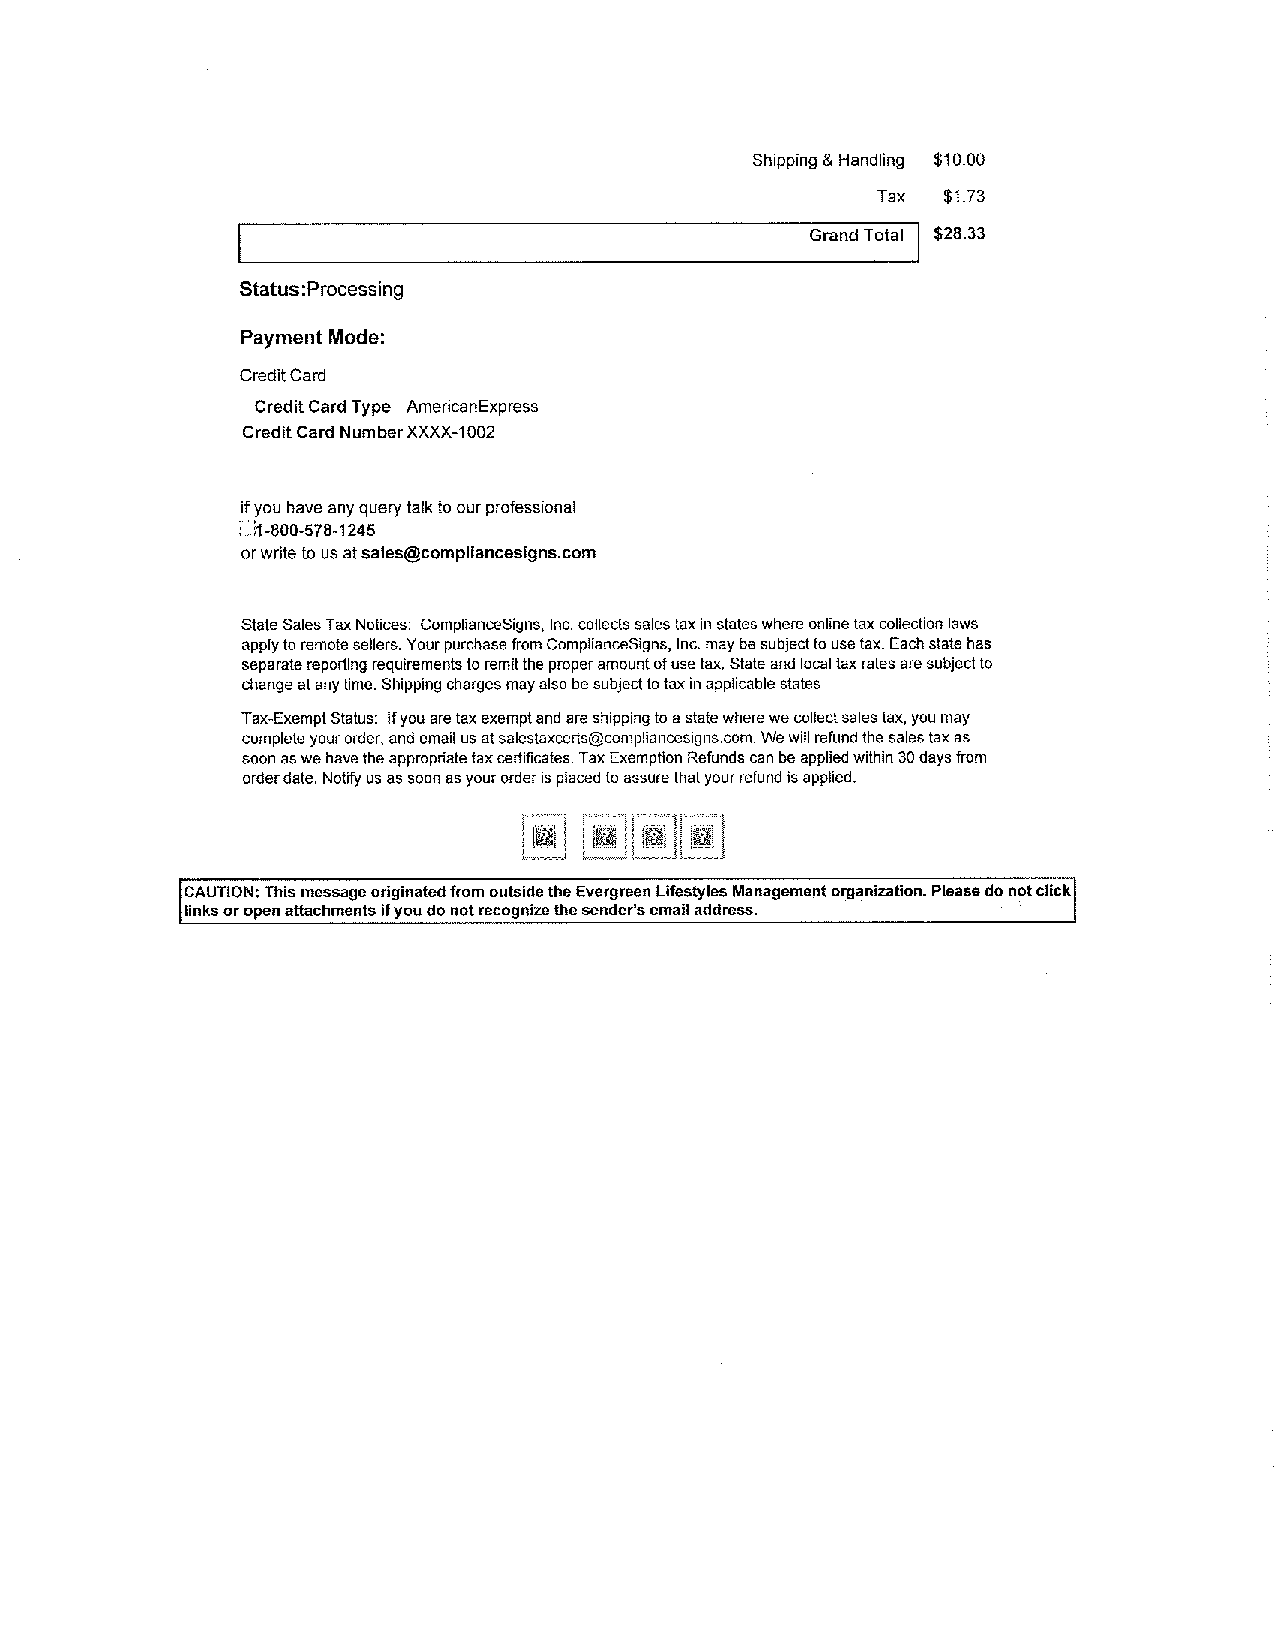
Shipping & Handling $10.00
 Tax  $1.73
 Grand Total $28.33
 Status:Processing
 Payment Mode:
 Credit Card
 Credit Card Type AmericanExpress
 Credit Card Number XXXX-1002
 if you have any query talk to our professional
 r\1-800-578-1245
 or write to us at sales@compliancesigns.com
 State Sales Tax Notices: ComplianceSigns, lnc. collects sales tax in states where online tax collection laws
 apply to remote sellers. Your purchase from ComplianceSigns, Inc. may be subject to use tax. Each state has
 separate reporting requirements to remit the proper amount of use tax. State and local tax rates are subject to
 change at any time. Shipping charges may also be subject to tax in applicable states.
 Tax-Exempt Status: If you are tax exempt and are shipping to a state where we collect sales tax, you may
 complete your order, and email us at salestaxcerts@compliancesigns.com. We will refund the sales tax as
 soon as we have the appropriate tax certificates. Tax Exemption Refunds can be applied within 30 days from
 order date. Notify us as soon as your order is placed to assure that your refund is applied.
 CAUTION: This message originated from outside the Evergreen Lifestyles Management organization. Please do not click
 links or open attachments if you do not recognize the sender's email address.